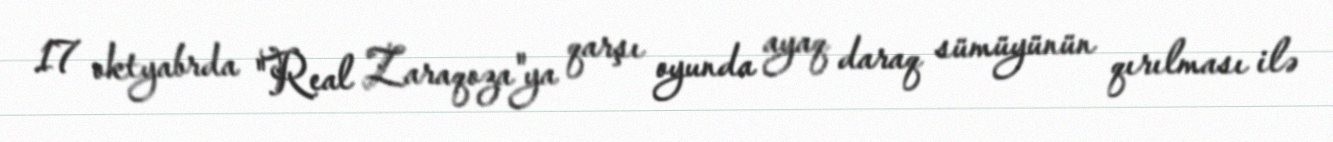
17 oktyabrda "Real Zaraqoza"ya qarşı oyunda ayaq daraq sümüyünün qırılması ilə